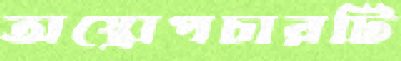
অস্ত্রোপচারটি